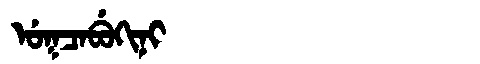
Manchu: ᡠᡴᠴᠠᠪᡠᡴᡳᠨᡳ
Romanization: UKCABUKINI